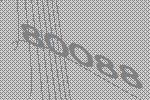
80088